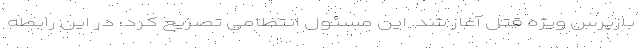
بازپرس ویژه قتل آغاز شد. این مسئول انتظامی تصریح کرد: در این رابطه